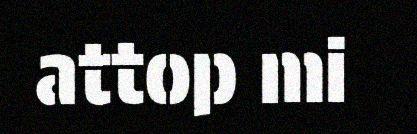
attop mi